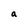
Character: a